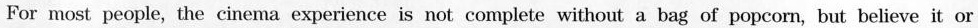
For most people, the cinema experience is not complete without a bag of popcorn, but believe it or